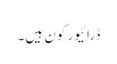
ڈرائیور کون ہیں۔